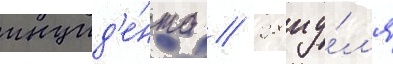
инцид'е́нта // 28 иу́л'я